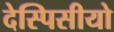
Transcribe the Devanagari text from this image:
देस्पिसीयो